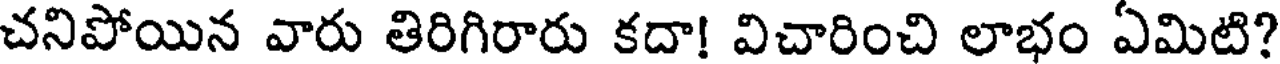
చనిపోయిన వారు తిరిగిరారు కదా! విచారించి లాభం ఏమిటి?